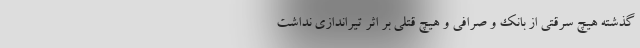
گذشته هیچ سرقتی از بانک و صرافی و هیچ قتلی بر اثر تیراندازی نداشت